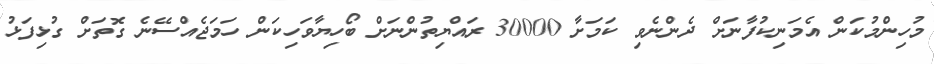
މުހިންމުކަން އެމަނިކުފާނަށް ދެންނެވި ކަމަށާ 30000 ރައްޔިތުންނަށް ބޯހިޔާވަހިކަން ހަމަޖެއްސޭނެ ގޮތަށް ގުޅިފަޅު